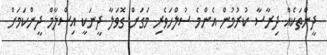
ދީންތަކެއް ދިރާސާ ކުރުމުން އެންމެ ސުލްހަވެރި މަގަށް ގޮވަލާ ދީނަކީ އިސްލާމް ދީންކަމަށް